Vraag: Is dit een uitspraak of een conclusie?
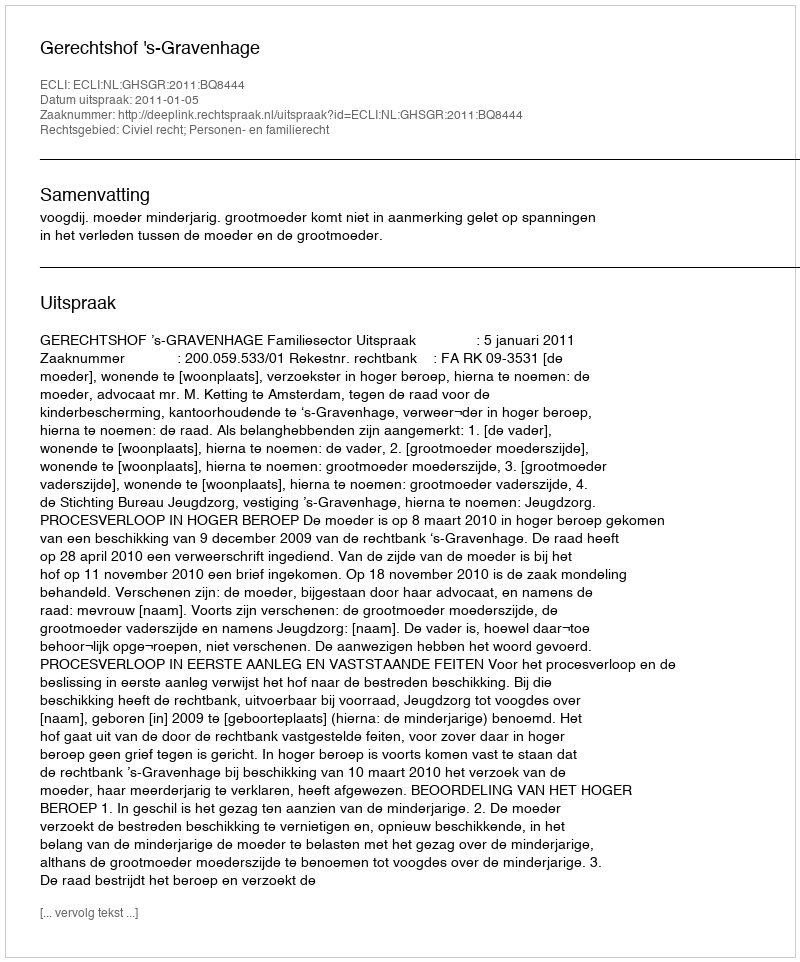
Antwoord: Uitspraak